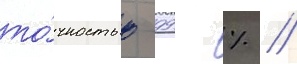
то́чностью 99 % //